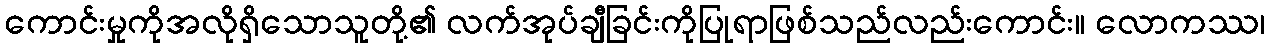
ကောင်းမှုကိုအလိုရှိသောသူတို့၏ လက်အုပ်ချီခြင်းကိုပြုရာဖြစ်သည်လည်းကောင်း။ လောကဿ၊